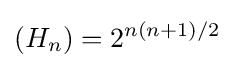
(H_{n})=2^{n(n+1)/2}